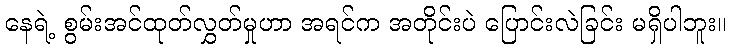
နေရဲ့ စွမ်းအင်ထုတ်လွှတ်မှုဟာ အရင်က အတိုင်းပဲ ပြောင်းလဲခြင်း မရှိပါဘူး။